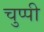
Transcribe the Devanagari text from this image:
चुप्‍पी